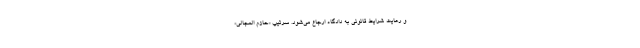
و رعایت شرایط قانونی به دادگاه ارجاع می‌شود. سرتیپ «حازم المجالی»